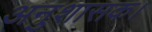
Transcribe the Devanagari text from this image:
अनुशासक।